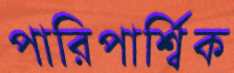
পারিপার্শ্বিক